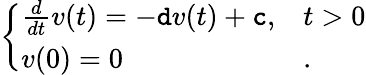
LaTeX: \begin{array}{r}{\left\{ \begin{array}{ll}{\frac{d}{dt}v(t)=-\mathtt{d}v(t)+\mathtt{c},}&{t>0}\\ {v(0)=0}&{.}\end{array}\right.}\end{array}